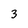
Character: 3